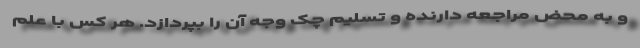
و به محض مراجعه دارنده و تسلیم چک وجه آن را بپردازد. هر کس با علم